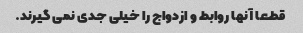
قطعا آنها روابط و ازدواج را خیلی جدی نمی گیرند.